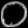
Digit: ၀